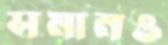
সমানও